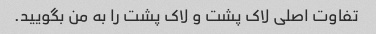
تفاوت اصلی لاک پشت و لاک پشت را به من بگویید.